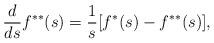
LaTeX: \begin{align*}\frac{d}{ds}f^{\ast\ast}(s)=\frac{1}{s}[f^\ast(s)-f^{\ast\ast}(s)],\end{align*}